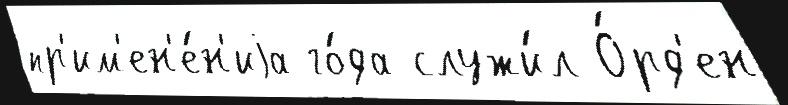
пр'им'ен'е́н'иjа го́да служи́л О́рд'ен